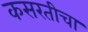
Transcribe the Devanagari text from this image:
कसरतीचा